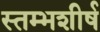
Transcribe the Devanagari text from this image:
स्तम्भशीर्ष